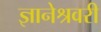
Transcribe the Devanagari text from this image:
ज्ञानेश्रवरी